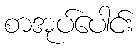
စာအုပ်ပေါင်း